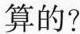
算的？